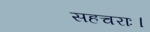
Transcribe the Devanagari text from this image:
सहचराः।